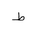
Letter: _da